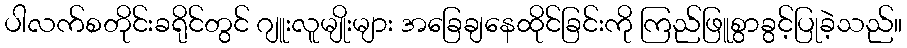
ပါလက်စတိုင်းခရိုင်တွင် ဂျူးလူမျိုးများ အခြေချနေထိုင်ခြင်းကို ကြည်ဖြူစွာခွင့်ပြုခဲ့သည်။